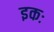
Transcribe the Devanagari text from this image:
इकः